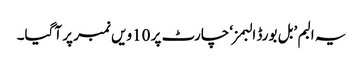
یہ البم ’بل بورڈ البمز‘ چارٹ پر 10ویں نمبر پر آگیا۔